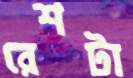
রেশটা